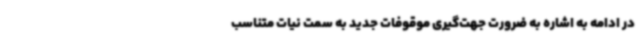
در ادامه به اشاره به ضرورت جهت‌گیری موقوفات جدید به سمت نیات متناسب